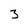
Character: 3